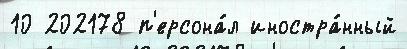
10 202178 п'ерсона́л иностра́нный